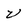
Character: v